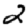
Digit: 2